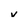
Character: v